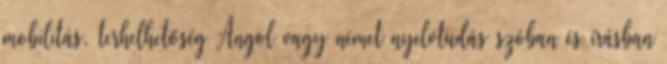
mobilitás, terhelhetőség Angol vagy német nyelvtudás szóban és írásban